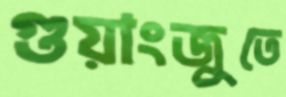
গুয়াংজুতে